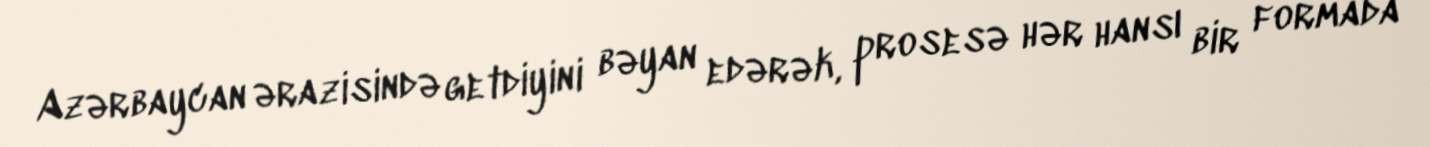
Azərbaycan ərazisində getdiyini bəyan edərək, prosesə hər hansı bir formada